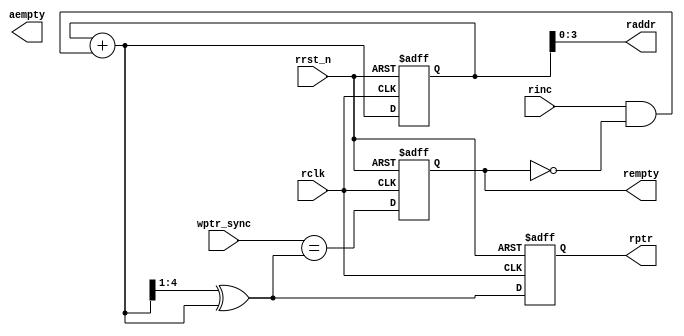
module RPTR_EMPTY #(parameter ASIZE = 4)
(
input                        rclk,                   //read clock
input                        rrst_n,                 //async read reset
input                        rinc,                   //read enable
input       [ASIZE:0]        wptr_sync,              //write address synchronized to read clock region(gray code)

output reg  [ASIZE:0]        rptr,                   //read address(gray code)
output      [ASIZE-1:0]      raddr,                  //read address(binary code)
output reg                   aempty,                 //almost empty
output reg                   rempty                  //fifo empty
);

reg         [ASIZE:0]        rbin;                   //read binary address
wire        [ASIZE:0]        rbnext;                 //next read address binary
wire        [ASIZE:0]        rgnext;                 //next read address gray code

wire                         isaempty;
wire                         isempty; 

//next address
assign rbnext = rbin + (rinc & ~rempty);             //increase binary address if read enable and fifo not empty
assign rgnext = (rbnext>>1) ^ rbnext;
always @(posedge rclk or negedge rrst_n)
	if(rrst_n == 1'b0)
		{rbin, rptr} <= 0;
    else
		{rbin, rptr} <= {rbnext, rgnext};

assign raddr = rbin[ASIZE-1:0];


//empty generation
assign isempty = (wptr_sync == rgnext);
always @(posedge rclk or negedge rrst_n)
	if(rrst_n == 1'b0)
		rempty <= 1'b1;                              //fifo is empty when reset
    else
		rempty <= isempty;

//almost empty generation

endmodule